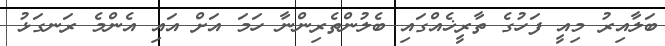
ބަލާއިރު މިއީ ފަހުގެ ތާރީޚެއްގައި ބެލުންތެރިންނާ ހަމަ އަށް އައި އެންމެ ރަނގަޅު